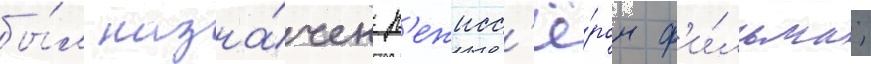
бы́л назна́чен р'ежисс'ё́ром ф'и́льма;